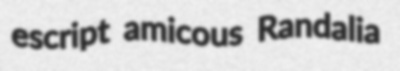
escript amicous Randalia